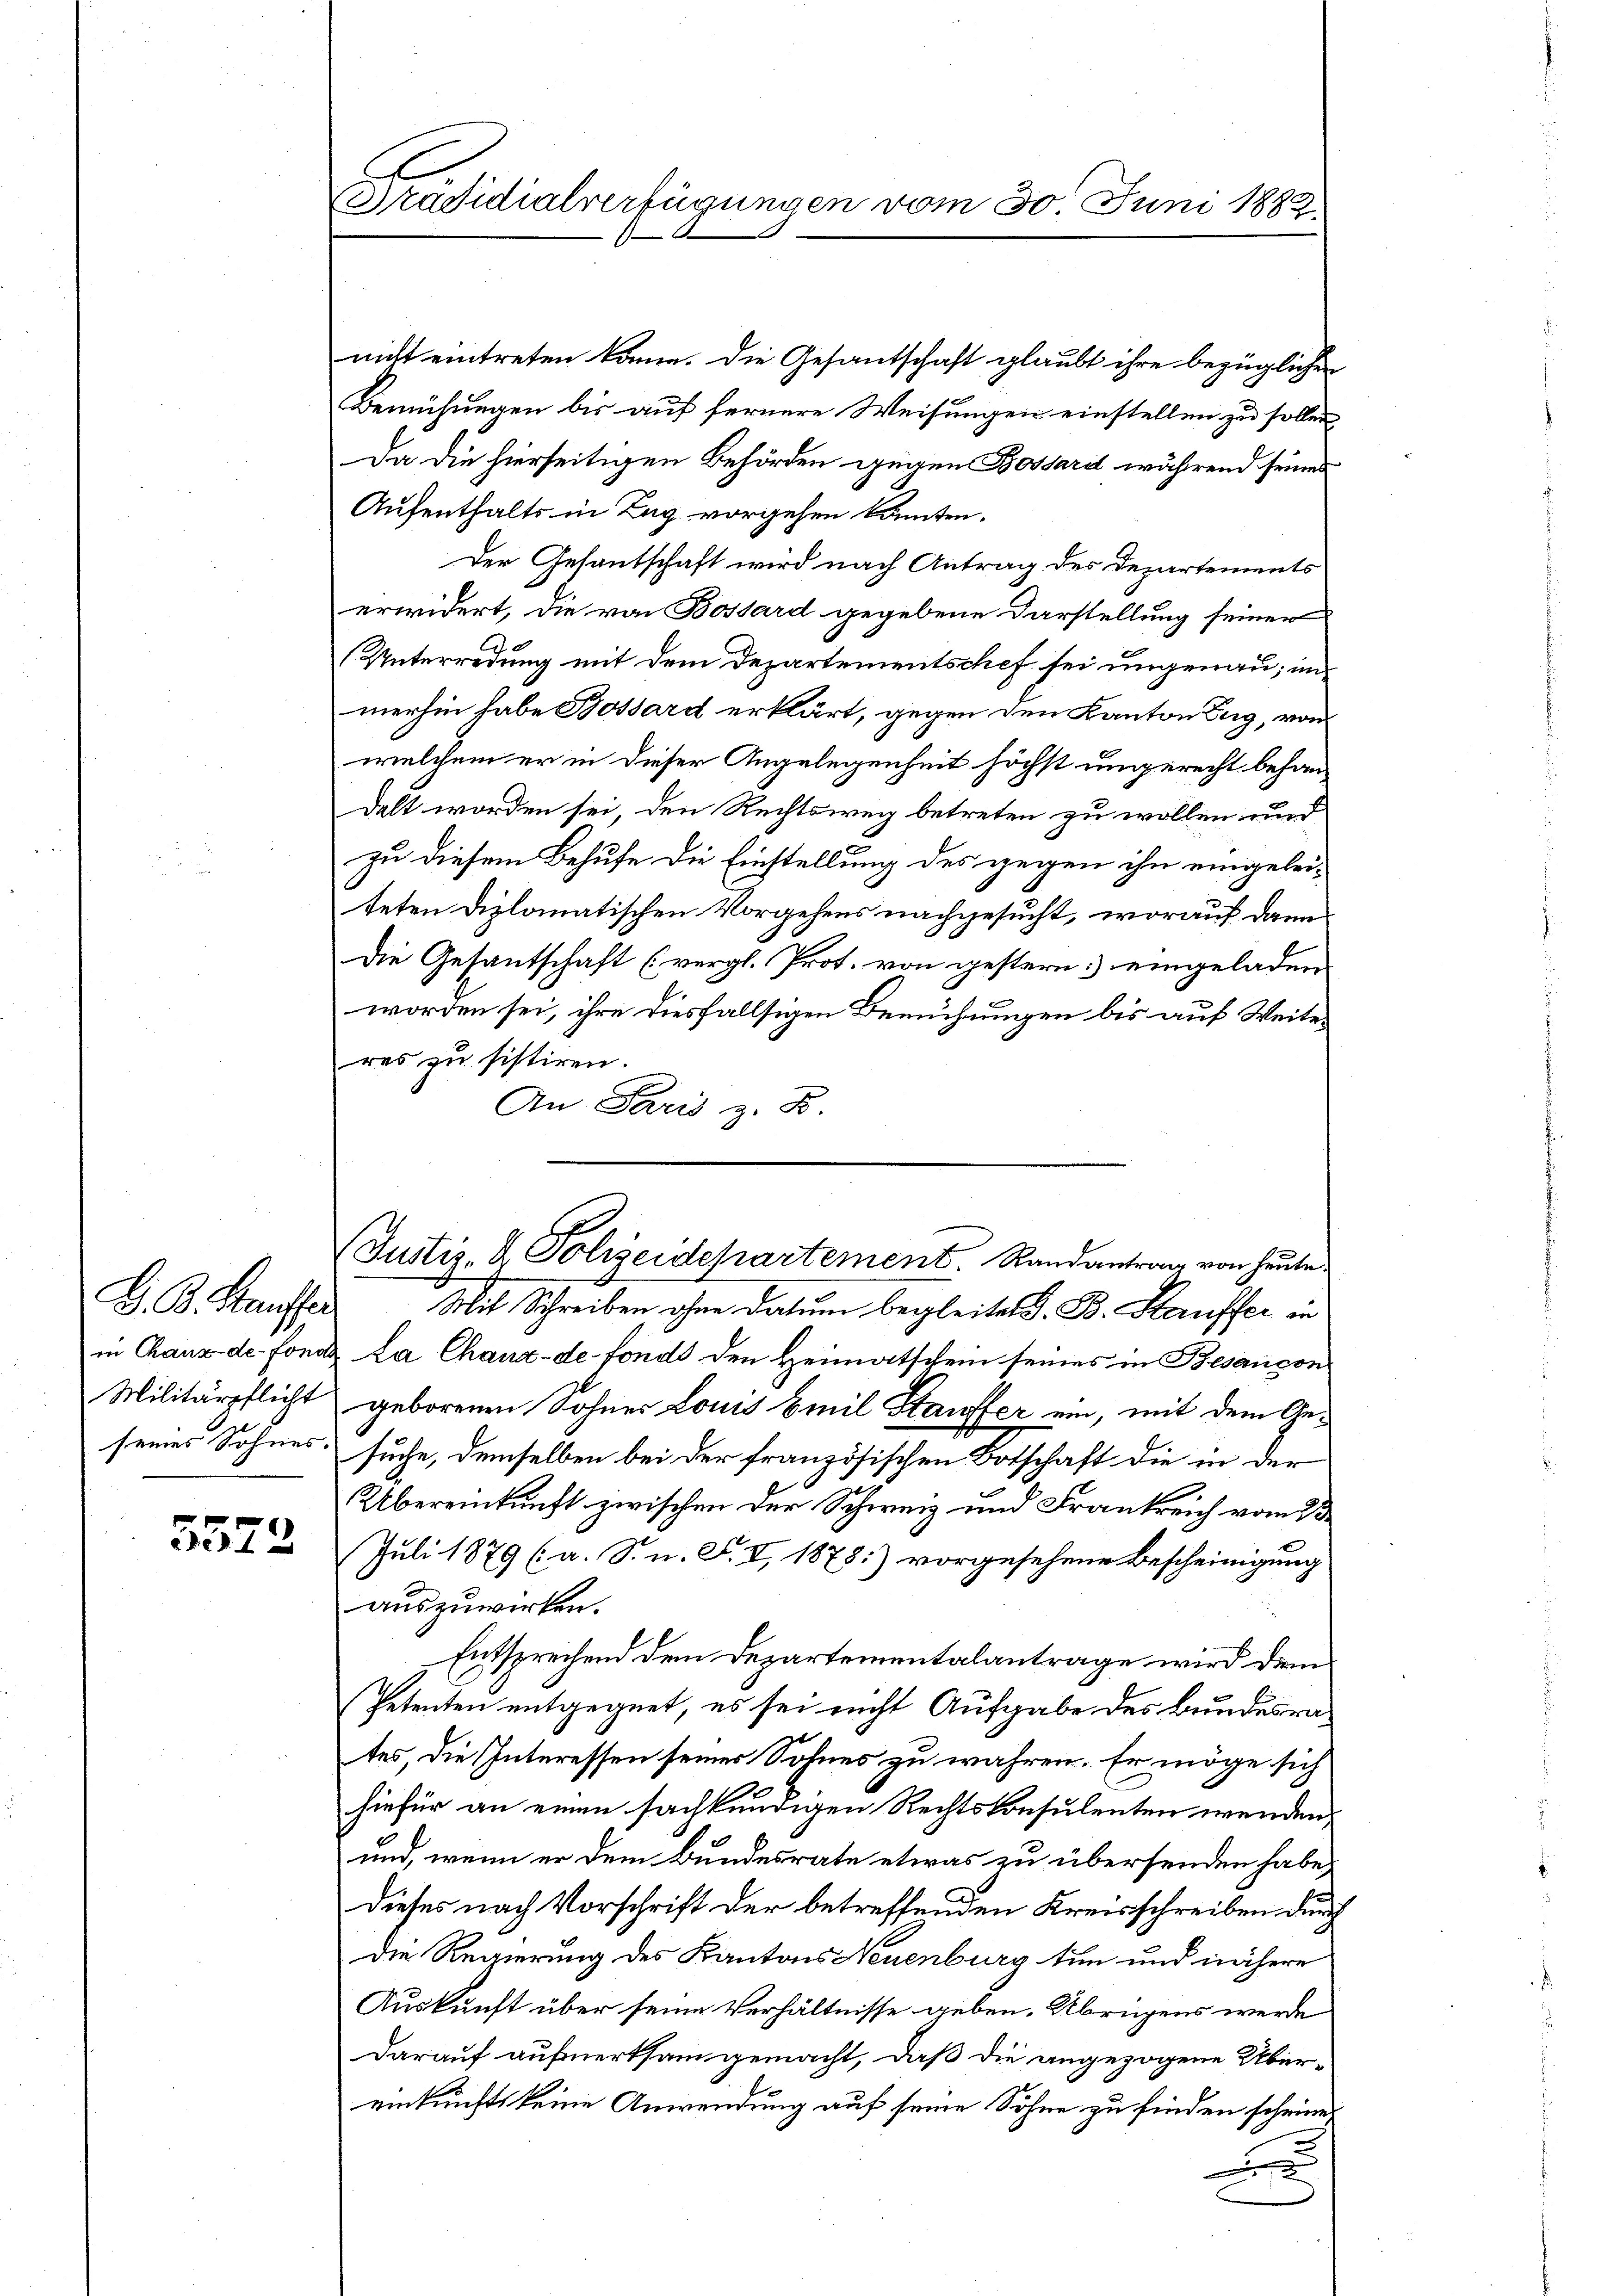
G. B. Staufte
in Chaux-de-Fond
Militärpflicht

5572

Präsidialverfügungen vom 30 Juni 1882

nicht eintreten könne. Die Gesantschaft glaubt ihre bezüglichen
Bemühungen bis auf fernere Weisungen einstellen zu sollen
Da die hierseitigen Behörden gegen Bossard während seines
Aufenthalts in Zug vorgehen könnten.
Der Gesantschaft wird nach Antrag des Departements
erwidert, die von Bossard gegebene Darstellung seiner
Unterredung mit dem Departementschef sei ungenau, inmerhin habe Bossard erklärt, gegen den Kanton Zug, von
welchem er in dieser Angelegenheit höchst umgerecht behandelt worden sei, den Rechtsweg betreten zu wollen und
Zu diesem Behufe die Einstellung des gegen ihn eingeleiteten Diplomatischen Vorgehens nachgesucht, worauf dann
Die Gesantschaft (vergl. Prot. von gestern eingeladen
worden sei, ihre diesfallsigen Bemühungen bis auf Weiteres zu sistiren.
An Paris z. B
(Justiz- & Polizeidepartement. Randantrag von heute
Mit Schreiben ohne Datum begleitet G. B. Hauffer in
&. La Chaux-de-Fonds den Heimatschein seines in Besanson
geborenen Sohnes Louis Emil Stauffer ein, mit dem Geseines Sohnes suche, demselben bei der französischen Botschaft die in der
Übereinkunft zwischen der Schweiz und Frankreich vom 23
Juli 1879 (a. S. n. F. V, 1878:) vorgesehene Bescheinigung
auszuwirken.
Entsprechend dem Departementalantrage wird dem
Petenten entgegnet, es sei nicht Aufgabe des Bundesrates, die Interessen seines Sohnes zu wahren. Er möge sich
hiefür an einen sachkundigen Rechtskonsulenten wenden,
und, wenn er dem Bundesrate etwas zu übersenden habe,
Dieses nach Vorschrift der betreffenden Kreisschreiben durch
Die Regierung des Kantons Neuenburg tun und nähere
Auskunft über seine Verhältnisse geben. Übrigens werde
Darauf aufmerksam gemacht, daß die angezogene Übereinkunfts keine Anwendung auf seine Söhne zu finden scheine
2